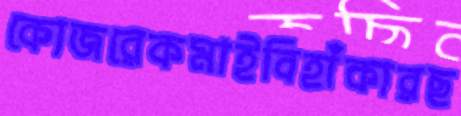
কোজরেকমাইবিহাঁকারছ